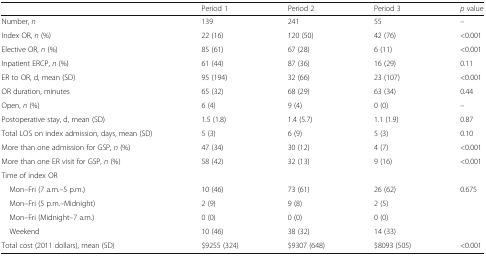
|  | Period 1 | Period 2 | Period 3 | p value |
 | --- | --- | --- | --- | --- |
 | Number, n | 139 | 241 | 55 | – |
 | Index OR, n (%) | 22 (16) | 120 (50) | 42 (76) | <0.001 |
 | Elective OR, n (%) | 85 (61) | 67 (28) | 6 (11) | <0.001 |
 | Inpatient ERCP, n (%) | 61 (44) | 87 (36) | 16 (29) | 0.11 |
 | ER to OR, d, mean (SD) | 95 (194) | 32 (66) | 23 (107) | <0.001 |
 | OR duration, minutes | 65 (32) | 68 (29) | 63 (34) | 0.44 |
 | Open, n (%) | 6 (4) | 9 (4) | 0 (0) | – |
 | Postoperative stay, d, mean (SD) | 1.5 (1.8) | 1.4 (5.7) | 1.1 (1.9) | 0.87 |
 | Total LOS on index admission, days, mean (SD) | 5 (3) | 6 (9) | 5 (3) | 0.10 |
 | More than one admission for GSP, n (%) | 47 (34) | 30 (12) | 4 (7) | <0.001 |
 | More than one ER visit for GSP, n (%) | 58 (42) | 32 (13) | 9 (16) | <0.001 |
 | <COLSPAN=5> Time of index OR |
 | Mon–Fri (7 a.m.–5 p.m.) | 10 (46) | 73 (61) | 26 (62) | 0.675 |
 | Mon–Fri (5 p.m.–Midnight) | 2 (9) | 9 (8) | 2 (5) |  |
 | Mon–Fri (Midnight–7 a.m.) | 0 (0) | 0 (0) | 0 (0) |  |
 | Weekend | 10 (46) | 38 (32) | 14 (33) |  |
 | Total cost (2011 dollars), mean (SD) | $9255 (324) | $9307 (648) | $8093 (505) | <0.001 |